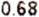
0.68